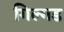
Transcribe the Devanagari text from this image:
गिल्गड